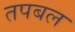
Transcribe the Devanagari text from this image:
तपबल